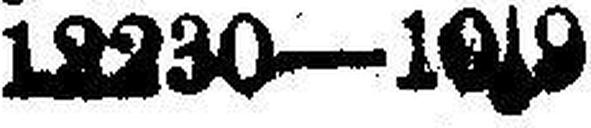
12230—10|9